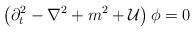
LaTeX: \begin{align*}\left( {\partial}^{2}_{t} - {\bf \nabla}^{2}+m^2+ {\cal U} \right) \phi = 0\end{align*}